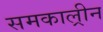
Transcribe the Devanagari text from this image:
समकाल्रीन